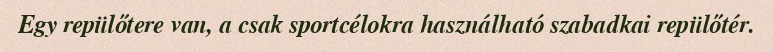
Egy repülőtere van, a csak sportcélokra használható szabadkai repülőtér.